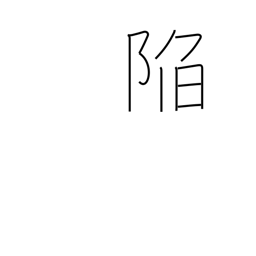
Meaning: slide into